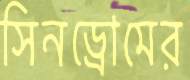
সিনড্রোমের